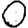
Digit: 0